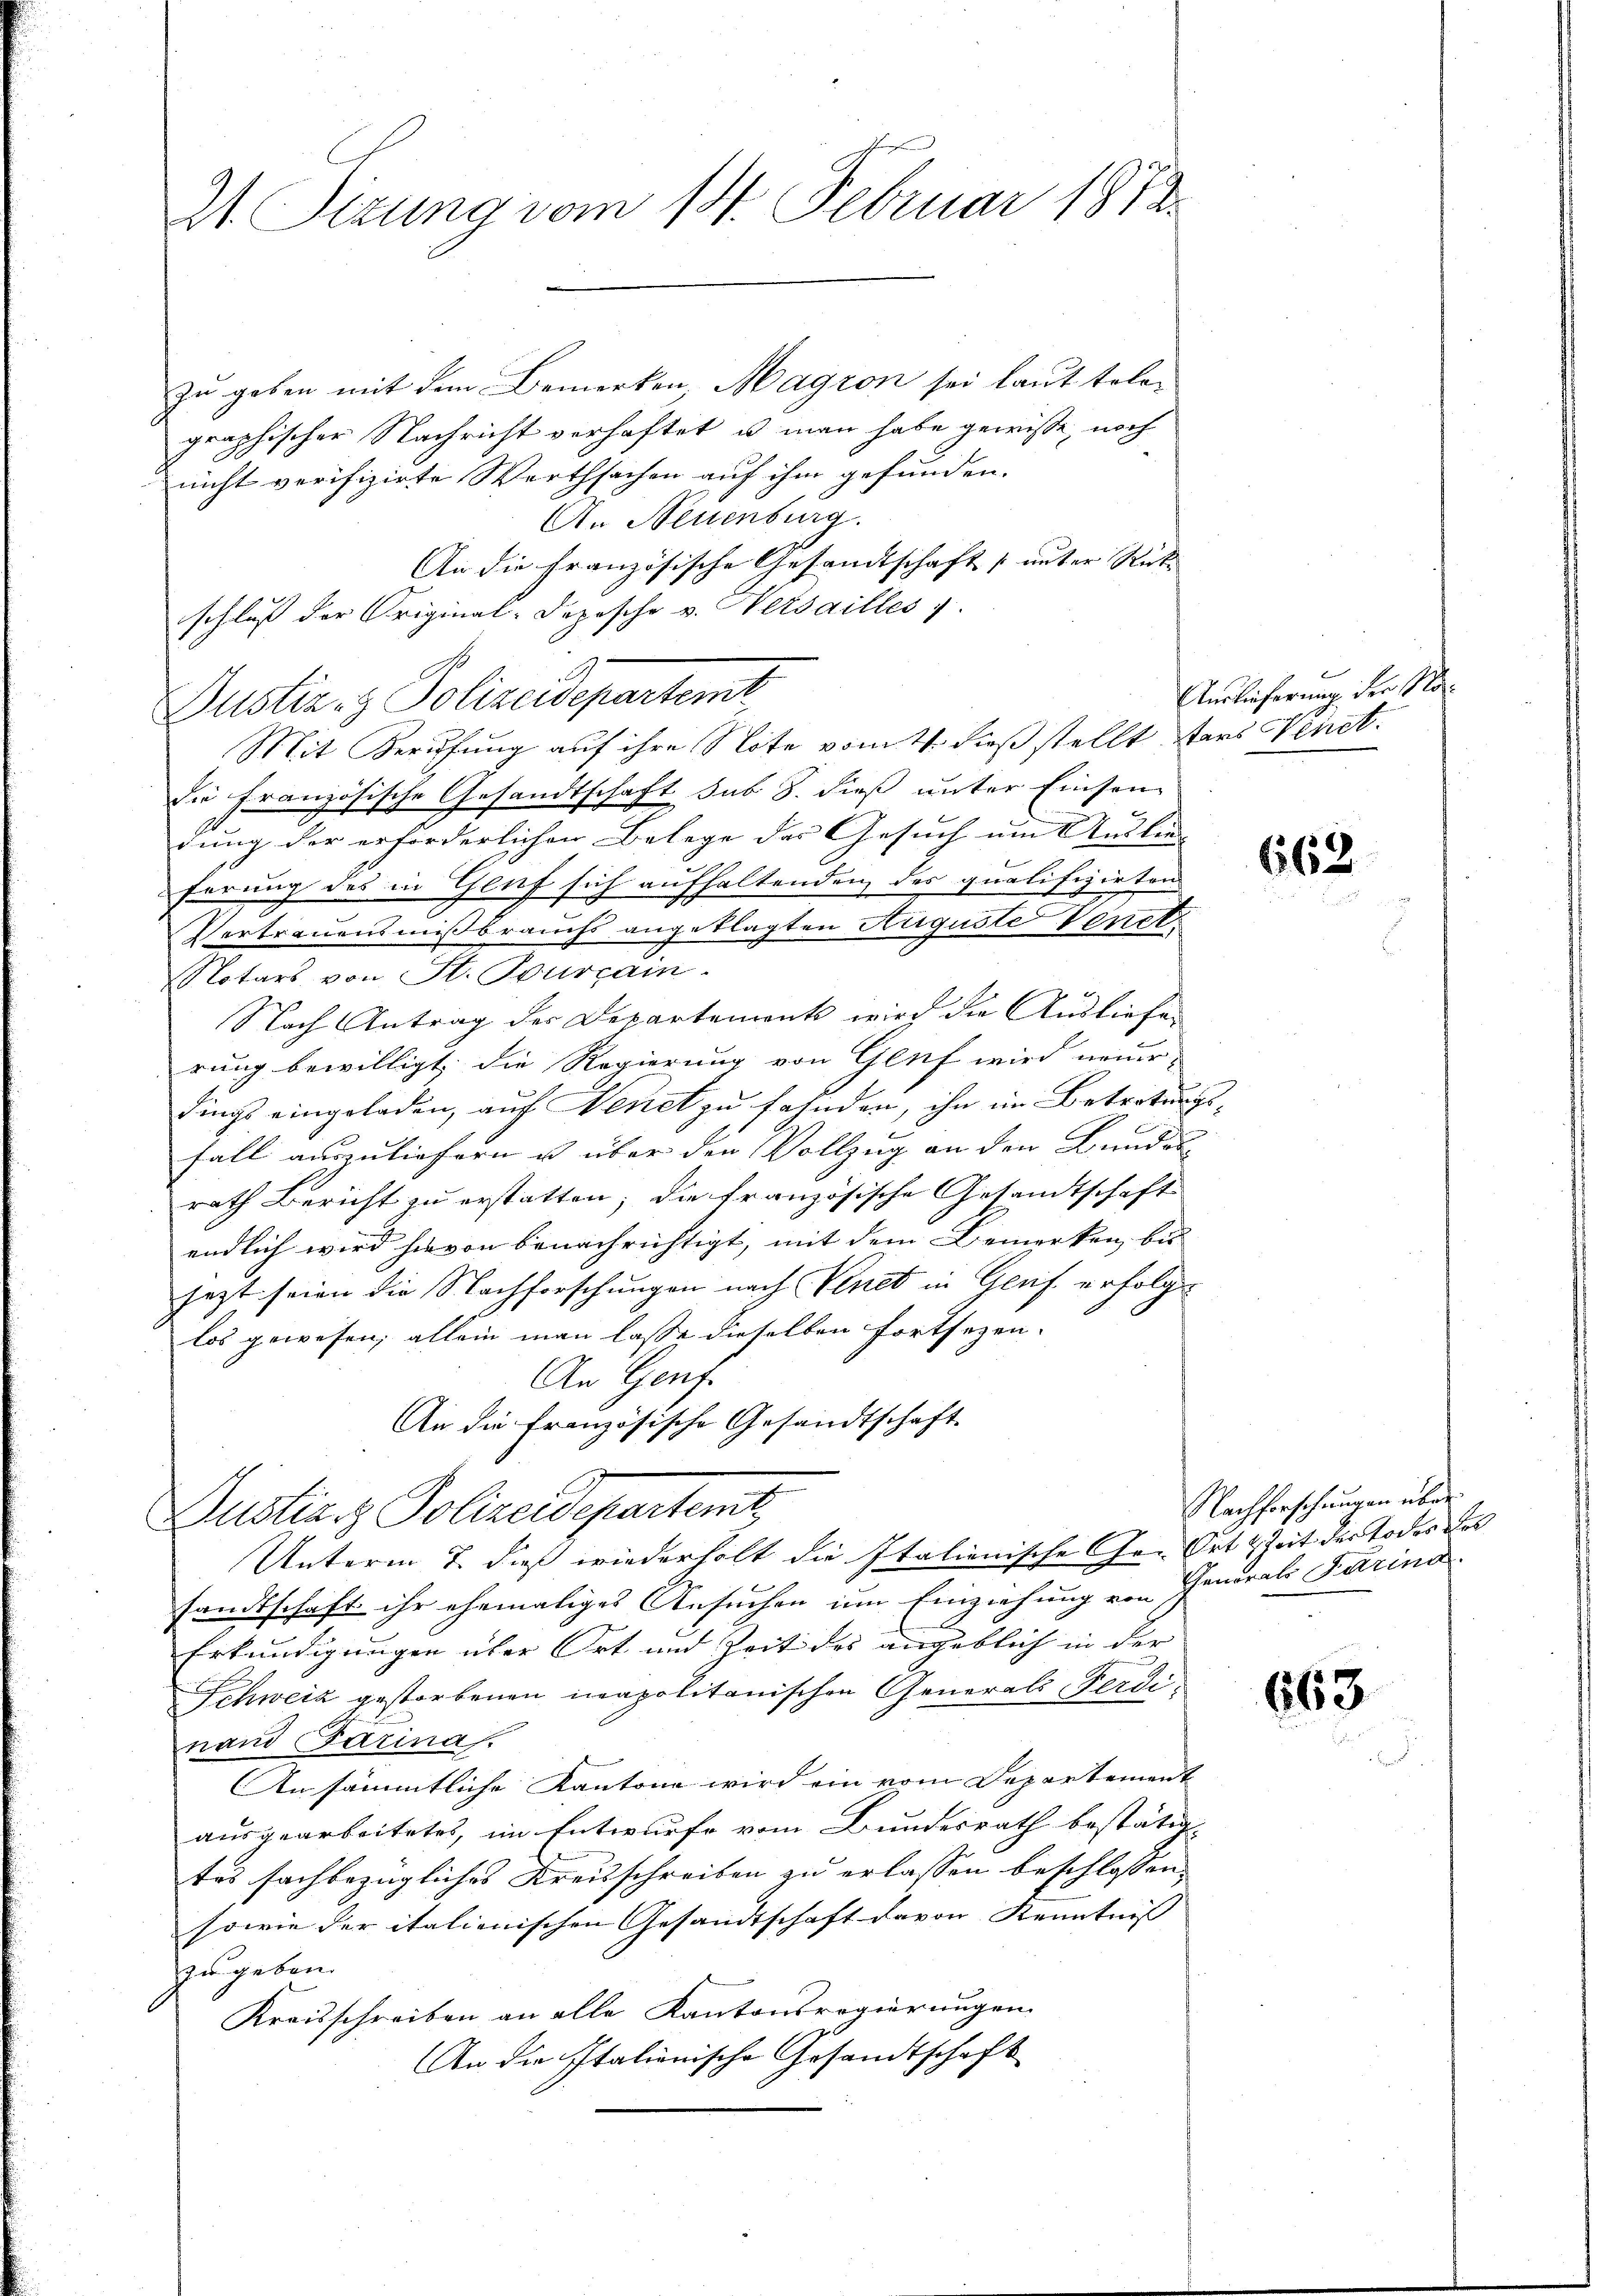
21. Sizung vom 18. Februar 1872

zu geben mit dem Bemerken, Magron sei laut telegraphischer Nachricht verhaftet, u. man habe gewisse noch
nicht verifizirte Werthsachen auf ihm gefunden.
An Neuenburg.
An die Französische Gesandtschaft (unter Ricke
schluß der Original-Dopische v. Wetsailles 7.
Mit Berufung auf ihre Note vom 4. dieß stellt stars Venet.
Die Französische Gesandtschaft sub 8. dieß unter Einsen
dung der erforderlichen Belege der Gesuch um Auslie
ferung des in Genf sich aufhaltenden des qualifizirten
Vertrauensmissbrauchs angeklagten Auguste Venet
Notars von St. Pourrain.
Nach Antrag des Departement wird die Ausliefe
rung bewilligt, die Regierung von Genf wird neuer-
dings eingeladen, auf Nenet zu fahnden, ihn im Betretung
fall auszuliefern u über den Vollzug an den Bundes
rath Bericht zu erstatten; die französische Gesandtschaft
endlich wird hievon benachrichtigt, mit dem Bemerken, bei
jezt seien die Nachforschungen nach Venet in Genf erfolgt
los gewesen; allein man lasse dieselben fortsezen.
An Genf.
An die französische Gesandtschaft
Justiz & Polizeidepartamt,
Unterm 7. dieß wiederholt die Italienische Ge- Ort & Zeit der Todes des
sandtschaft ihr ehemaliges Ansuchen um Einziehung von Generals Farina
Erkundigungen über Ort und Zeit des angeblich in der
Schweiz gestorbenen neapolitanischen Generali erdinand Farina.
Ansämmtliche Kantone wird ein vom Departement
ausgearbeitetes, im Entwurfe vom Bundesrath bestätig-
tes fachbezügliches Kreisschreiben zu erlassen beschlossen,
sowie der italienischen Gesandtschaft davon Kenntniß
zu geben.
Kraisschreiben an alle Kantonsregierungen.
An die Italienische Gesandtschaft

Dustiz- & Polizeidepartemt,

Auslieferung der Na¬

662

Nachforschungen über

i

663